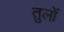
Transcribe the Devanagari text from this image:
तुलों